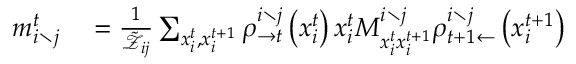
\begin{array} { r l } { m _ { i \setminus j } ^ { t } } & { { } = \frac { 1 } { \tilde { \mathcal { Z } } _ { i j } } \sum _ { x _ { i } ^ { t } , x _ { i } ^ { t + 1 } } \rho _ { \rightarrow t } ^ { i \setminus j } \left( x _ { i } ^ { t } \right) x _ { i } ^ { t } M _ { x _ { i } ^ { t } x _ { i } ^ { t + 1 } } ^ { i \setminus j } \rho _ { t + 1 \leftarrow } ^ { i \setminus j } \left( x _ { i } ^ { t + 1 } \right) } \end{array}